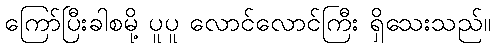
ကြော်ပြီးခါစမို့ ပူပူ လောင်လောင်ကြီး ရှိသေးသည်။